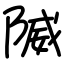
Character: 隇